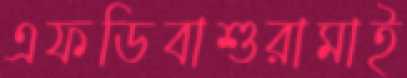
এফডিবাশুরামাই